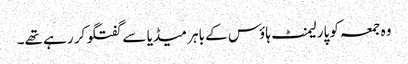
وہ جمعہ کو پارلیمنٹ ہاؤس کے باہر میڈیا سے گفتگو کر رہے تھے۔